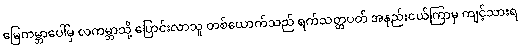
မြေကမ္ဘာပေါ်မှ လကမ္ဘာသို့ ပြောင်းလာသူ တစ်ယောက်သည် ရက်သတ္တပတ် အနည်းငယ်ကြာမှ ကျင့်သားရ